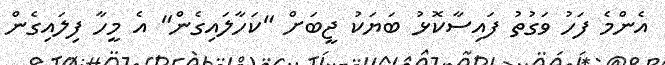
އެންމެ ފަހު ވަގުތު ފައިސާކޮޅު ބަޔަކު ޖީބަށް "ކަހާލައިގެން" އެ މީހާ ފިލައިގެން